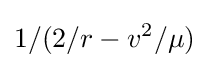
1/(2/r-v^{2}/\mu )